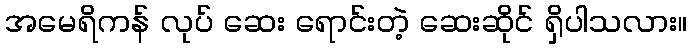
အမေရိကန် လုပ် ဆေး ရောင်းတဲ့ ဆေးဆိုင် ရှိပါသလား။